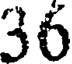
36